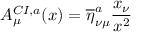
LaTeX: A _ { \mu } ^ { C I , a } ( x ) = \overline { { { \eta } } } _ { \nu \mu } ^ { a } \frac { x _ { \nu } } { x ^ { 2 } }